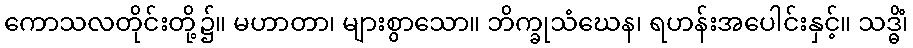
ကောသလတိုင်းတို့၌။ မဟာတာ၊ များစွာသော။ ဘိက္ခုသံဃေန၊ ရဟန်းအပေါင်းနှင့်။ သဒ္ဓိံ၊